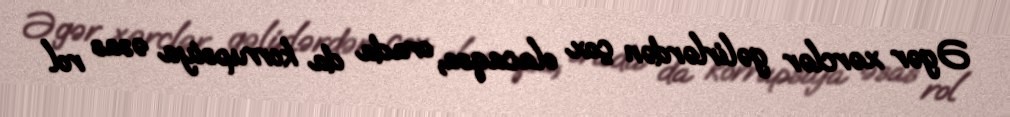
Əgər xərclər gəlirlərdən çox olacaqsa, orada da korrupsiya əsas rol